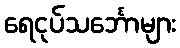
ရေငုပ်သင်္ဘောများ